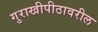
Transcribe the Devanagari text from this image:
गुराखीपीठावरील